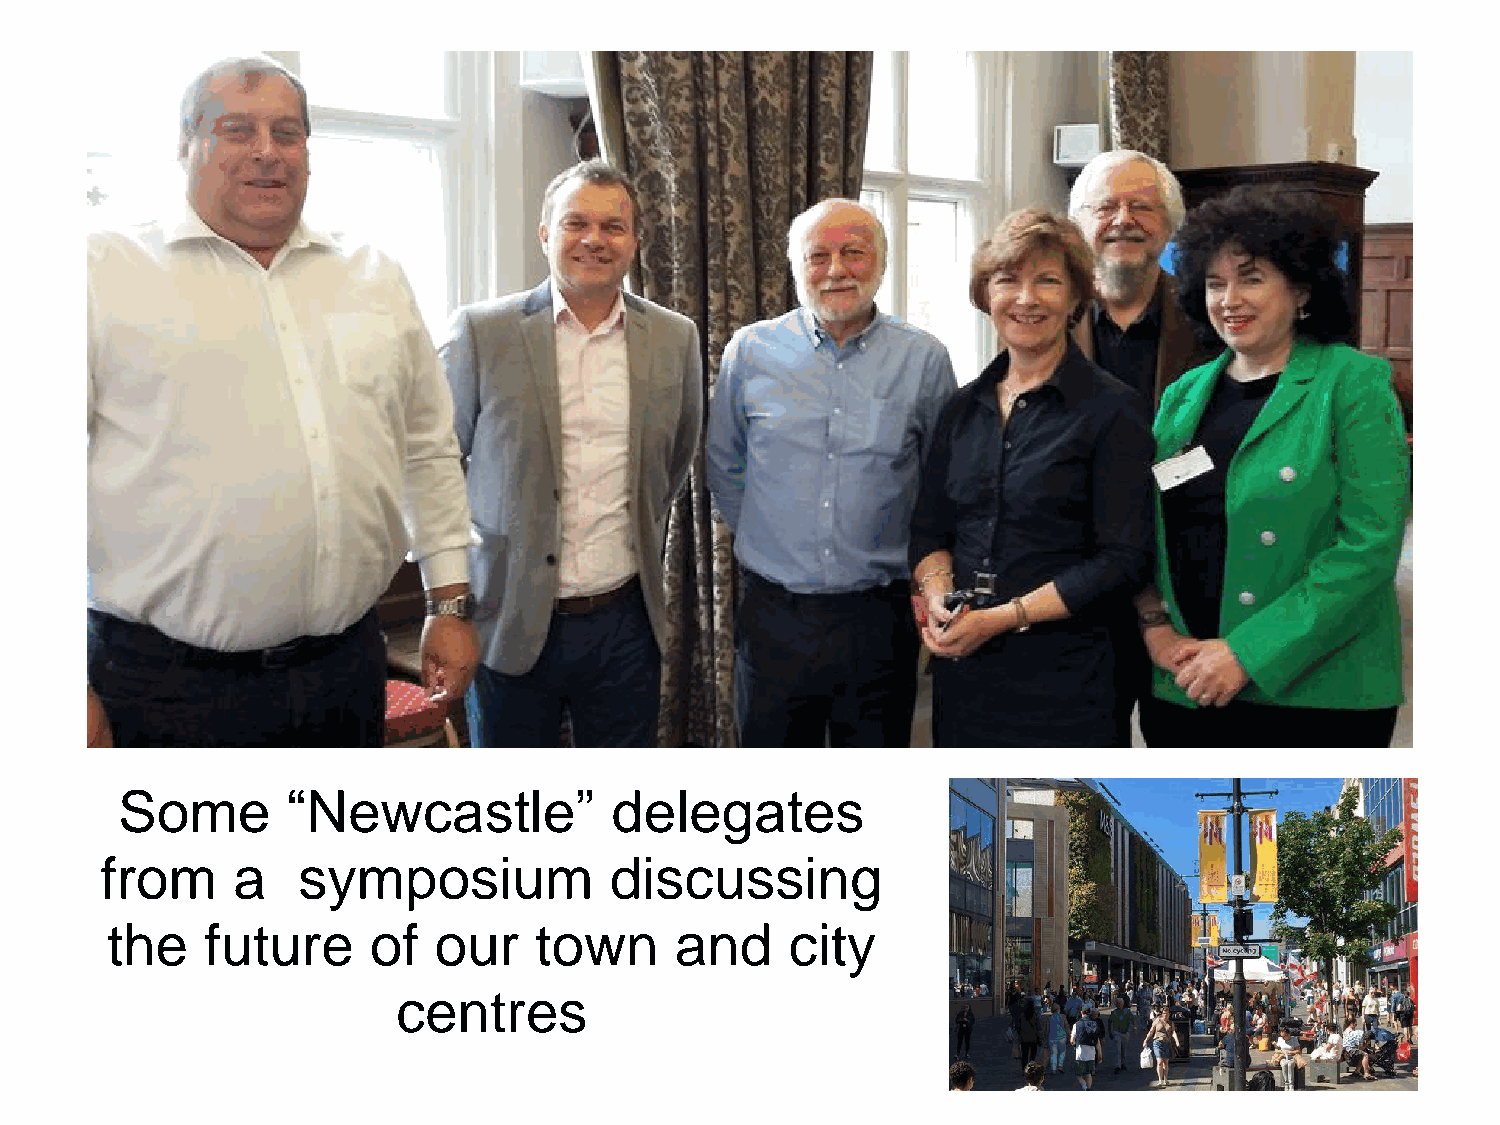
Some       “Newcastle”          delegates
 from    a    symposium           discussing
 the    future    of   our   town      and    city
 centres